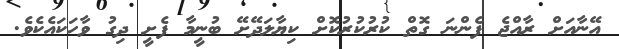
އޭނާއަށް ރާއްޖެ ފެންނަ ގޮތް ކުރުކުރުކޮށް ކިޔާލަދޭށޭ ބުނީމާ ފެށީ ދިގު ވާހަކައެކެވެ.